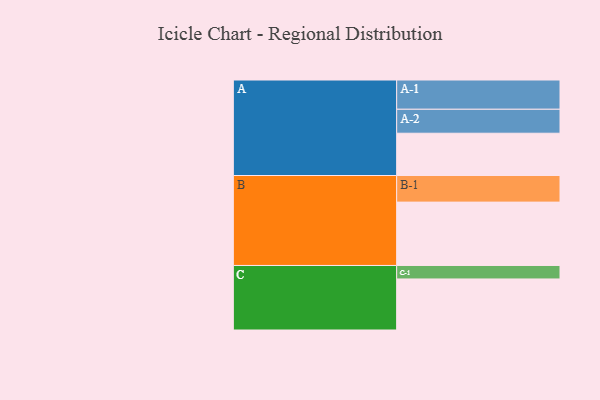
{"axis": {"x": "Segment", "y": "Value"}, "legend": ["", "A", "B", "C"], "data": [{"x": "A", "y": 367, "type": ""}, {"x": "B", "y": 550, "type": ""}, {"x": "C", "y": 443, "type": ""}, {"x": "A-1", "y": 254, "type": "A"}, {"x": "A-2", "y": 208, "type": "A"}, {"x": "B-1", "y": 231, "type": "B"}, {"x": "C-1", "y": 117, "type": "C"}]}